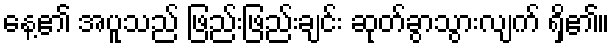
နေ့၏ အပူသည် ဖြည်းဖြည်းချင်း ဆုတ်ခွာသွားလျက် ရှိ၏။